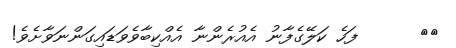
٣٠      ފަހެ ކަލޭގެފާނު އެއުރެންނާ އެއްކިބާވެވަޑައިގަންނަވާށެވެ!